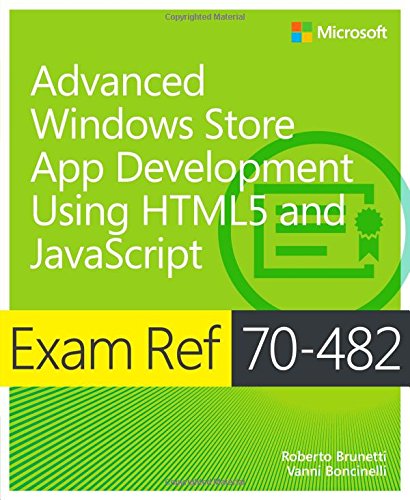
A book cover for Exam Ref 70-482 Advanced Windows Store App Development using HTML5 and JavaScript (MCSD); Roberto Brunetti; Computers & Technology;